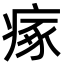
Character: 瘃